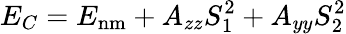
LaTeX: E_{C}=E_{\mathrm{nm}}+A_{zz}S_{1}^{2}+A_{yy}S_{2}^{2}